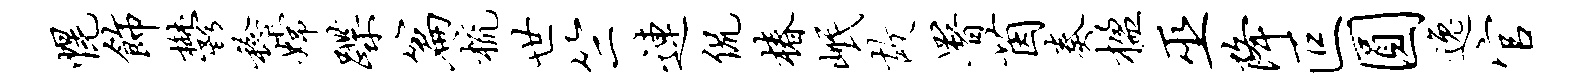
幌饰郁稔嫦蹀篇梳世竺连侃椿岷故署茵奏楹巫降叵圆逸官